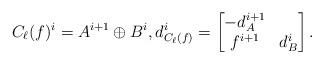
LaTeX: \begin{align*} C_\ell(f)^i = A^{i+1} \oplus B^i, d_{C_\ell(f)}^i = \begin{bmatrix} -d_A^{i+1} & \\ f^{i+1} & d_B^i \end{bmatrix}.\end{align*}